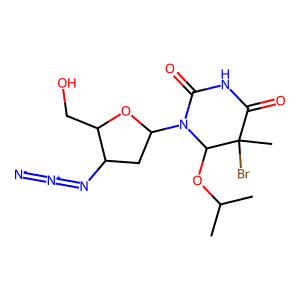
SMILES: CC(C)OC1N(C2CC(N=[N+]=[N-])C(CO)O2)C(=O)NC(=O)C1(C)Br
Inhibits HIV replication: Yes